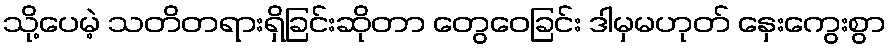
သို့ပေမဲ့ သတိတရားရှိခြင်းဆိုတာ တွေဝေခြင်း ဒါမှမဟုတ် နှေးကွေးစွာ